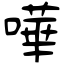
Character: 嘩